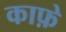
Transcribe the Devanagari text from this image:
काफ़े